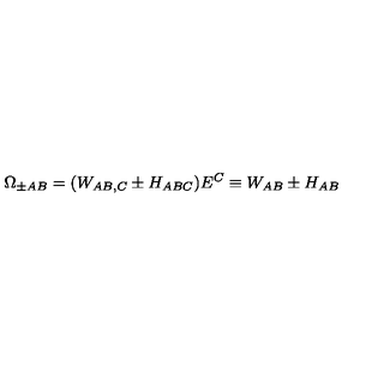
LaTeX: \Omega _ { \pm A B } = ( W _ { A B , C } \pm H _ { A B C } ) E ^ { C } \equiv W _ { A B } \pm H _ { A B }